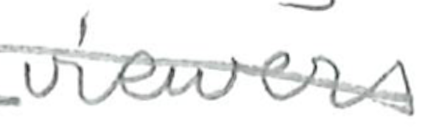
Text: viewers
Cross-out: diagonal
Writing tool: pencil